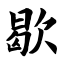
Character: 歇